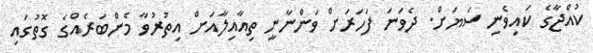
ކުއްޖާގެ ކައިވެނި ސަޔަށް. ދެވަނަ ފަހަރަށް ވަންނާނީ ތިއާއިލާއަށް އިތުރުވާ މެންބަރެއްގެ ގޮތުގައި